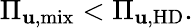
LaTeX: \Pi_{\mathbf{u},\mathrm{{mix}}}<\Pi_{\mathbf{u},\mathrm{{HD}}}.